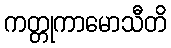
ကတ္တုကာမောသီတိ